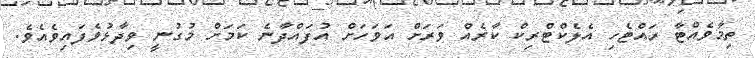
ތިމާވެއްޓާ ރައްޓެހި އެލެކްޓްރިކް ކާރެއް ވަރަށް އަވަހަށް އުފައްދާނެ ކަމަށް މުގުނީ ވިދާޅުވެފައިވެއެވެ.